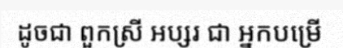
ដូចជា ពួកស្រី អប្សរ ជា អ្នកបម្រើ